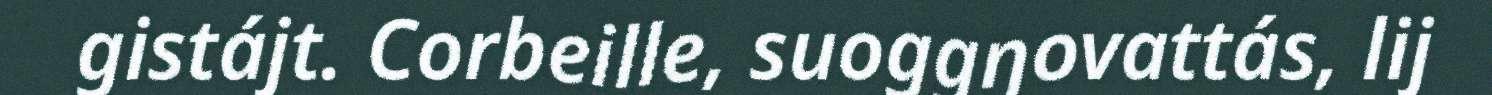
gistájt. Corbeille, suoggŋovattás, lij